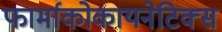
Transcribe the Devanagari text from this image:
फार्माकोकायनेटिक्स